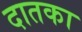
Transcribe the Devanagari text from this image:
दातका